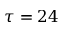
\tau = 2 4